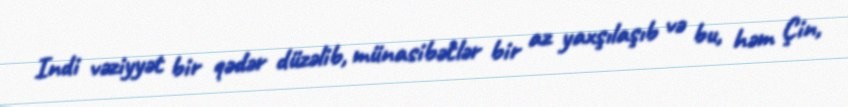
Indi vəziyyət bir qədər düzəlib, münasibətlər bir az yaxşılaşıb və bu, həm Çin,